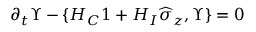
\partial _ { t } \Upsilon - \{ H _ { C } \boldsymbol { 1 } + H _ { I } \widehat { \sigma } _ { z } , \Upsilon \} = 0